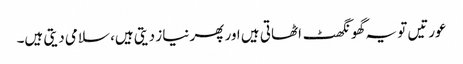
عورتیں تو یہ گھونگھٹ اٹھاتی ہیں اور پھر نیاز دیتی ہیں، سلامی دیتی ہیں۔